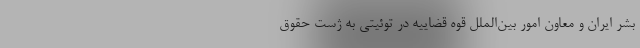
بشر ایران و معاون امور بین‌الملل قوه قضاییه در توئیتی به ژست حقوق